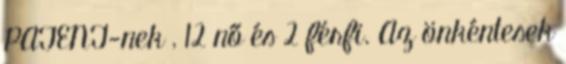
PATENT-nek , 12 nő és 2 férfi. Az önkéntesek